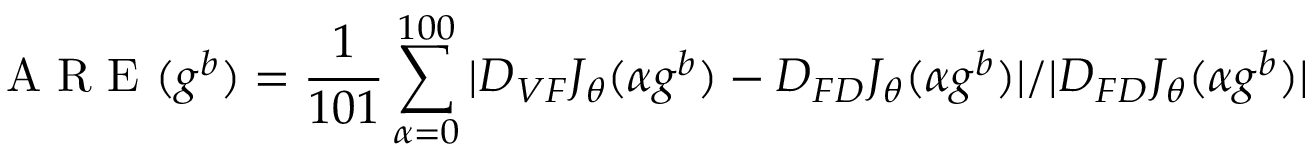
\mathrm { ~ A ~ R ~ E ~ } ( g ^ { b } ) = \frac { 1 } { 1 0 1 } \sum _ { \alpha = 0 } ^ { 1 0 0 } | D _ { V F } J _ { \theta } ( \alpha g ^ { b } ) - D _ { F D } J _ { \theta } ( \alpha g ^ { b } ) | / | D _ { F D } J _ { \theta } ( \alpha g ^ { b } ) |